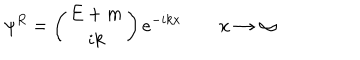
LaTeX: \psi ^ { R } = \left( \begin{array} { c } { { E + m } } \\ { { i k } } \\ \end{array} \right) e ^ { - i k x } \qquad x \rightarrow \infty